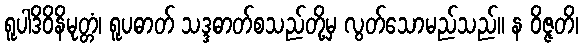
ရူပါဒိဝိနိမုတ္တံ၊ ရူပဓာတ် သဒ္ဒဓာတ်စသည်တို့မှ လွတ်သောမည်သည်။ န ဝိဇ္ဇတိ၊